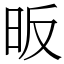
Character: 昄